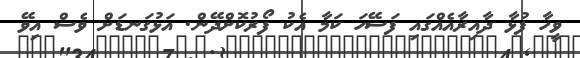
ވީހާ ފުޅާ ދާއިރާއެއްގައި ފަސޭހަ ކަމާ އެކު ފޯރުކޮށްދޭން. އަޅުގަނޑަށް ވެސް އިވޭ